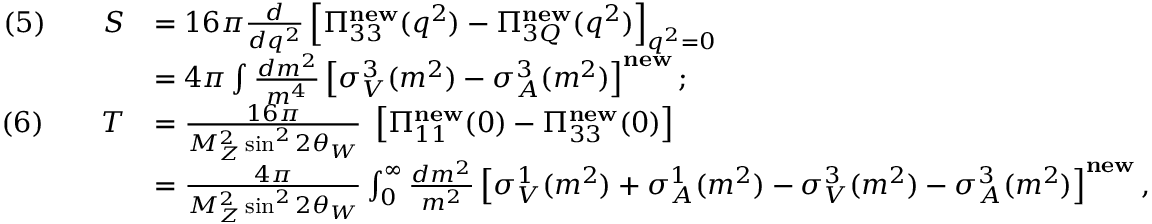
{ \begin{array} { r l } { ( 5 ) \qquad S } & { = 1 6 \pi { \frac { d } { d q ^ { 2 } } } \left[ \Pi _ { 3 3 } ^ { \mathbf { n e w } } ( q ^ { 2 } ) - \Pi _ { 3 Q } ^ { \mathbf { n e w } } ( q ^ { 2 } ) \right] _ { q ^ { 2 } = 0 } } \\ & { = 4 \pi \int { \frac { d m ^ { 2 } } { m ^ { 4 } } } \left[ \sigma _ { V } ^ { 3 } ( m ^ { 2 } ) - \sigma _ { A } ^ { 3 } ( m ^ { 2 } ) \right] ^ { \mathbf { n e w } } ; } \\ { ( 6 ) \qquad T } & { = { \frac { 1 6 \pi } { M _ { Z } ^ { 2 } \sin ^ { 2 } 2 \theta _ { W } } } \; \left[ \Pi _ { 1 1 } ^ { \mathbf { n e w } } ( 0 ) - \Pi _ { 3 3 } ^ { \mathbf { n e w } } ( 0 ) \right] } \\ & { = { \frac { 4 \pi } { M _ { Z } ^ { 2 } \sin ^ { 2 } 2 \theta _ { W } } } \int _ { 0 } ^ { \infty } { \frac { d m ^ { 2 } } { m ^ { 2 } } } \left[ \sigma _ { V } ^ { 1 } ( m ^ { 2 } ) + \sigma _ { A } ^ { 1 } ( m ^ { 2 } ) - \sigma _ { V } ^ { 3 } ( m ^ { 2 } ) - \sigma _ { A } ^ { 3 } ( m ^ { 2 } ) \right] ^ { \mathbf { n e w } } , } \end{array} }